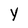
Character: Y